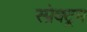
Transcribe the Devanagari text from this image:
स्प्रेक्ट्रम